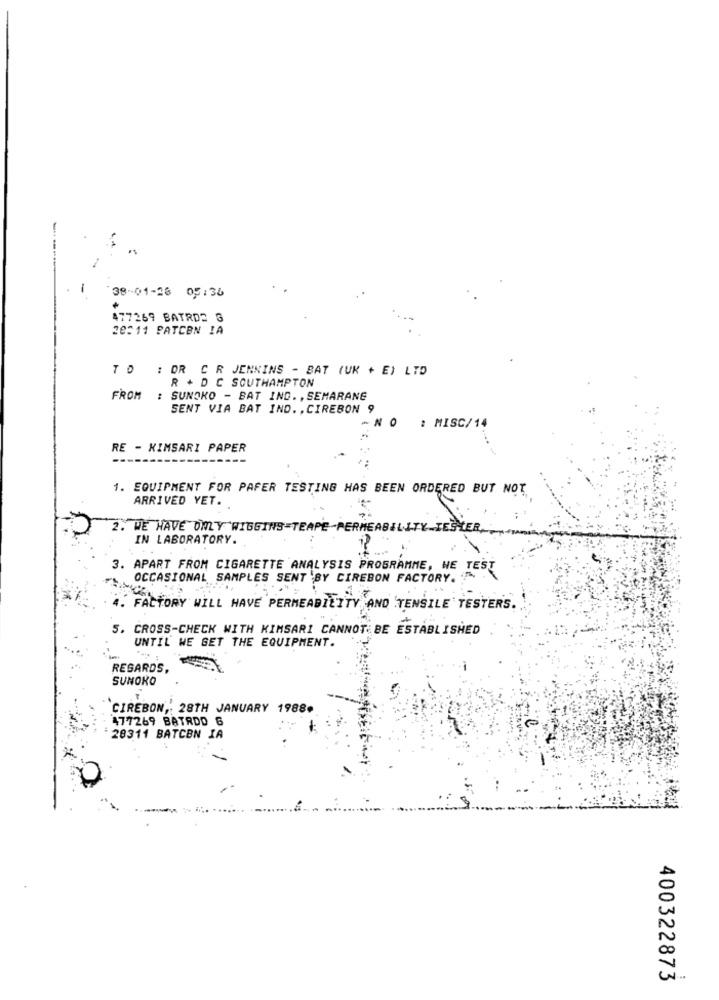
------
38-01-28 05:36
477269 BATRD2 G
28:11 PATCEN IA
TO : OR C R JENKINS - BAT (UK + E) LTD
R + D C SOUTHAMPTON
FROM
: SUNOKO - BAT IND. , SEMARANG
SENT VIA BAT IND. , CIREBON 9
- N
: MISC/14
RE - KIMSARI PAPER
1. EQUIPMENT FOR PAFER TESTING HAS BEEN ORDERED BUT NOT
ARRIVED YET.
2. WE HAVE ONLY WIGGINS TEAPE-PERMEABILITY-TESTER.
IN LABORATORY.
3. APART FROM CIGARETTE ANALYSIS PROGRAMME, WE TEST
OCCASIONAL SAMPLES SENT BY CIREBON FACTORY. .
4. FACTORY WILL HAVE PERMEABILITY AND TENSILE TESTERS.
5. CROSS-CHECK WITH KIMSARI CANNOT BE ESTABLISHED
UNTIL WE SET THE EQUIPMENT.
REGARDS,
SUNOKO
CIREBON, 28TH JANUARY 1988¢
477269 BATRDO 6
28311 BATCBN IA
400322873